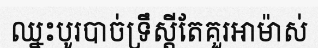
ឈ្នះបូរបាច់ទ្រឹស្តីតែគួរអាម៉ាស់